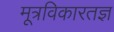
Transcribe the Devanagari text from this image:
मूत्रविकारतज्ञ